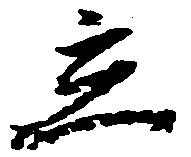
立